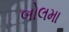
બોલમા